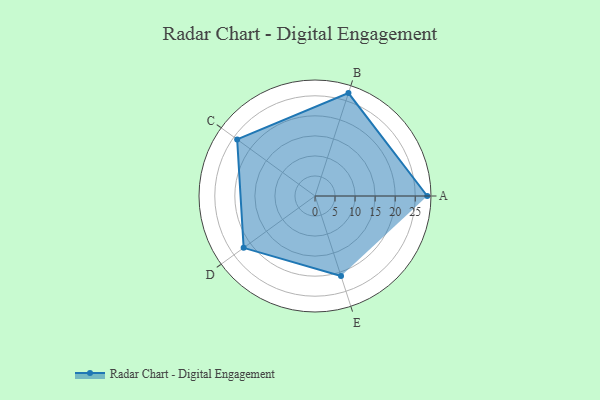
{"axis": {"x": "Skill", "y": "Score"}, "legend": ["Profile"], "data": [{"x": "A", "y": 28.0, "type": "Profile"}, {"x": "B", "y": 27.0, "type": "Profile"}, {"x": "C", "y": 24.0, "type": "Profile"}, {"x": "D", "y": 22.0, "type": "Profile"}, {"x": "E", "y": 21.0, "type": "Profile"}]}